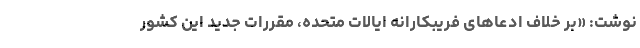
نوشت: «بر خلاف ادعاهای فریبکارانه ایالات متحده، مقررات جدید این کشور